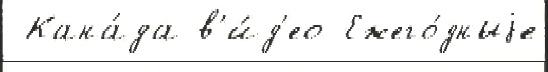
 Кана́да в'и́д'ео Ежего́дныjе